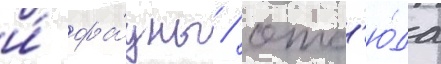
и́ фа́уны / отс'ю́да